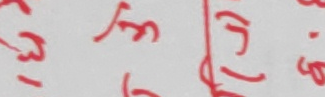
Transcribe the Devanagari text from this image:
-३ लत।